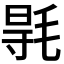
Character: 𣮊